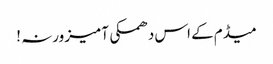
میڈم کے اس دھمکی آمیز ورنہ !